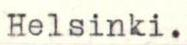
Helsinki.